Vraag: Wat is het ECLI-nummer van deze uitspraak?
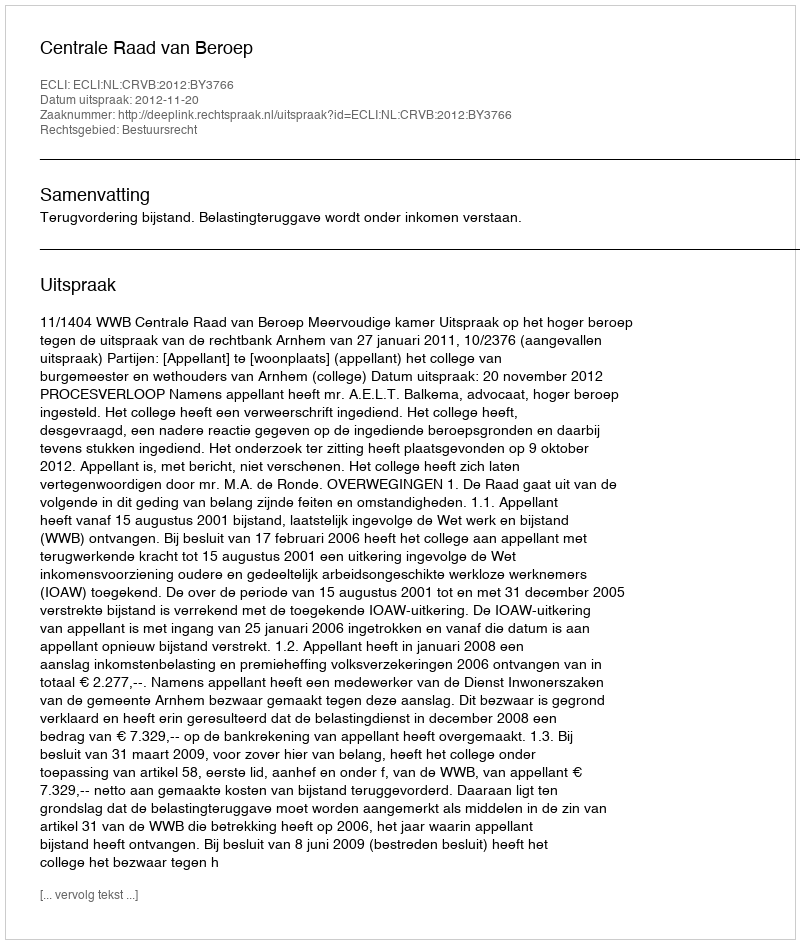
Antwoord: ECLI:NL:CRVB:2012:BY3766